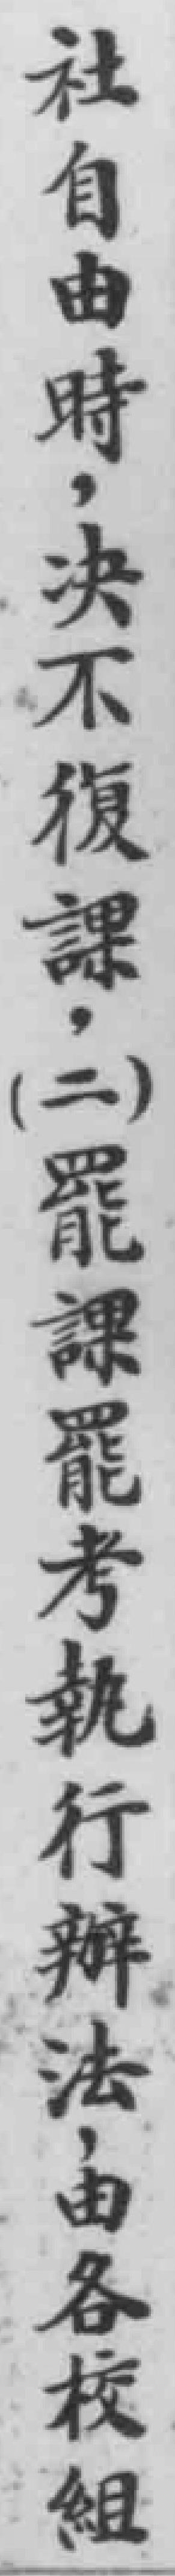
社自由時，决不復課，（二）罷課罷考執行辦法，由各校組